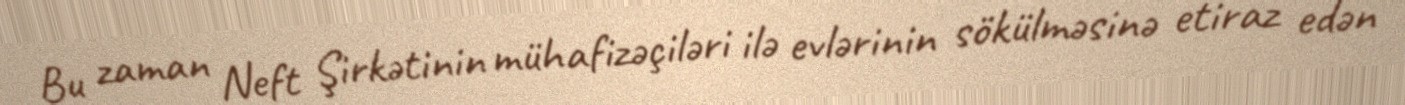
Bu zaman Neft Şirkətinin mühafizəçiləri ilə evlərinin sökülməsinə etiraz edən